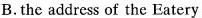
B.a food report C.a shopping list